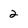
Character: 2